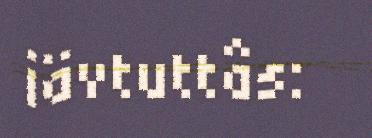
iävtuttâs: